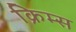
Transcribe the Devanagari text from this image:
क्रिम्स